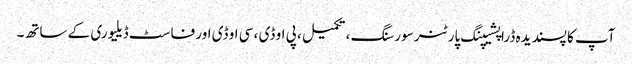
آپ کا پسندیدہ ڈراپشیپنگ پارٹنر سورسنگ ، تکمیل ، پی او ڈی ، سی او ڈی اور فاسٹ ڈیلیوری کے ساتھ۔